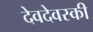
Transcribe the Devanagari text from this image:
देवदेवस्की